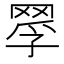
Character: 𦋄